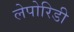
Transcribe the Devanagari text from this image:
लेपोरिडी